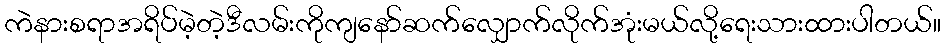
ကဲနားစရာအရိပ်မဲ့တဲ့ဒီလမ်းကိုကျနော်ဆက်လျှောက်လိုက်အုံးမယ်လို့ရေးသားထားပါတယ်။